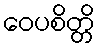
ဝေပစိတ္တိ